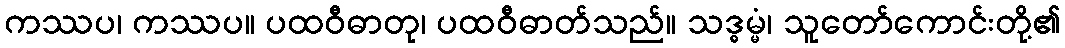
ကဿပ၊ ကဿပ။ ပထဝီဓာတု၊ ပထဝီဓာတ်သည်။ သဒ္ဓမ္မံ၊ သူတော်ကောင်းတို့၏